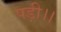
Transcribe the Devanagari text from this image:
पड़ी।।